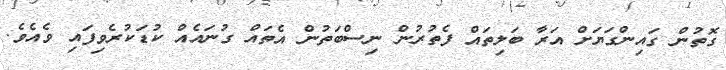
ގޮތުން ގައިންގަޔަށް އަރާ ބަލިތައް ފެތުރުން ނިސްބަތުން އެތައް ގުނައެއް ކުޑަކުރެވިފައި ވެއެވެ.